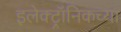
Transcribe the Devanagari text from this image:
इलेक्ट्रॉनिकच्या